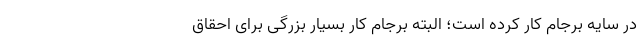
در سایه برجام کار کرده است؛ البته برجام کار بسیار بزرگی برای احقاق